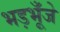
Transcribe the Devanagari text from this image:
भड़भूँजे